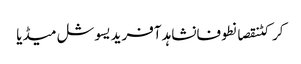
کرکٹنقصانطوفانشاہد آفریدیسوشل میڈیا